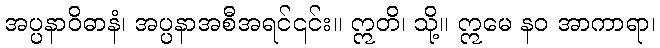
အပ္ပနာဝိဓာနံ၊ အပ္ပနာအစီအရင်၎င်း။ ဣတိ၊ သို့။ ဣမေ နဝ အာကာရာ၊